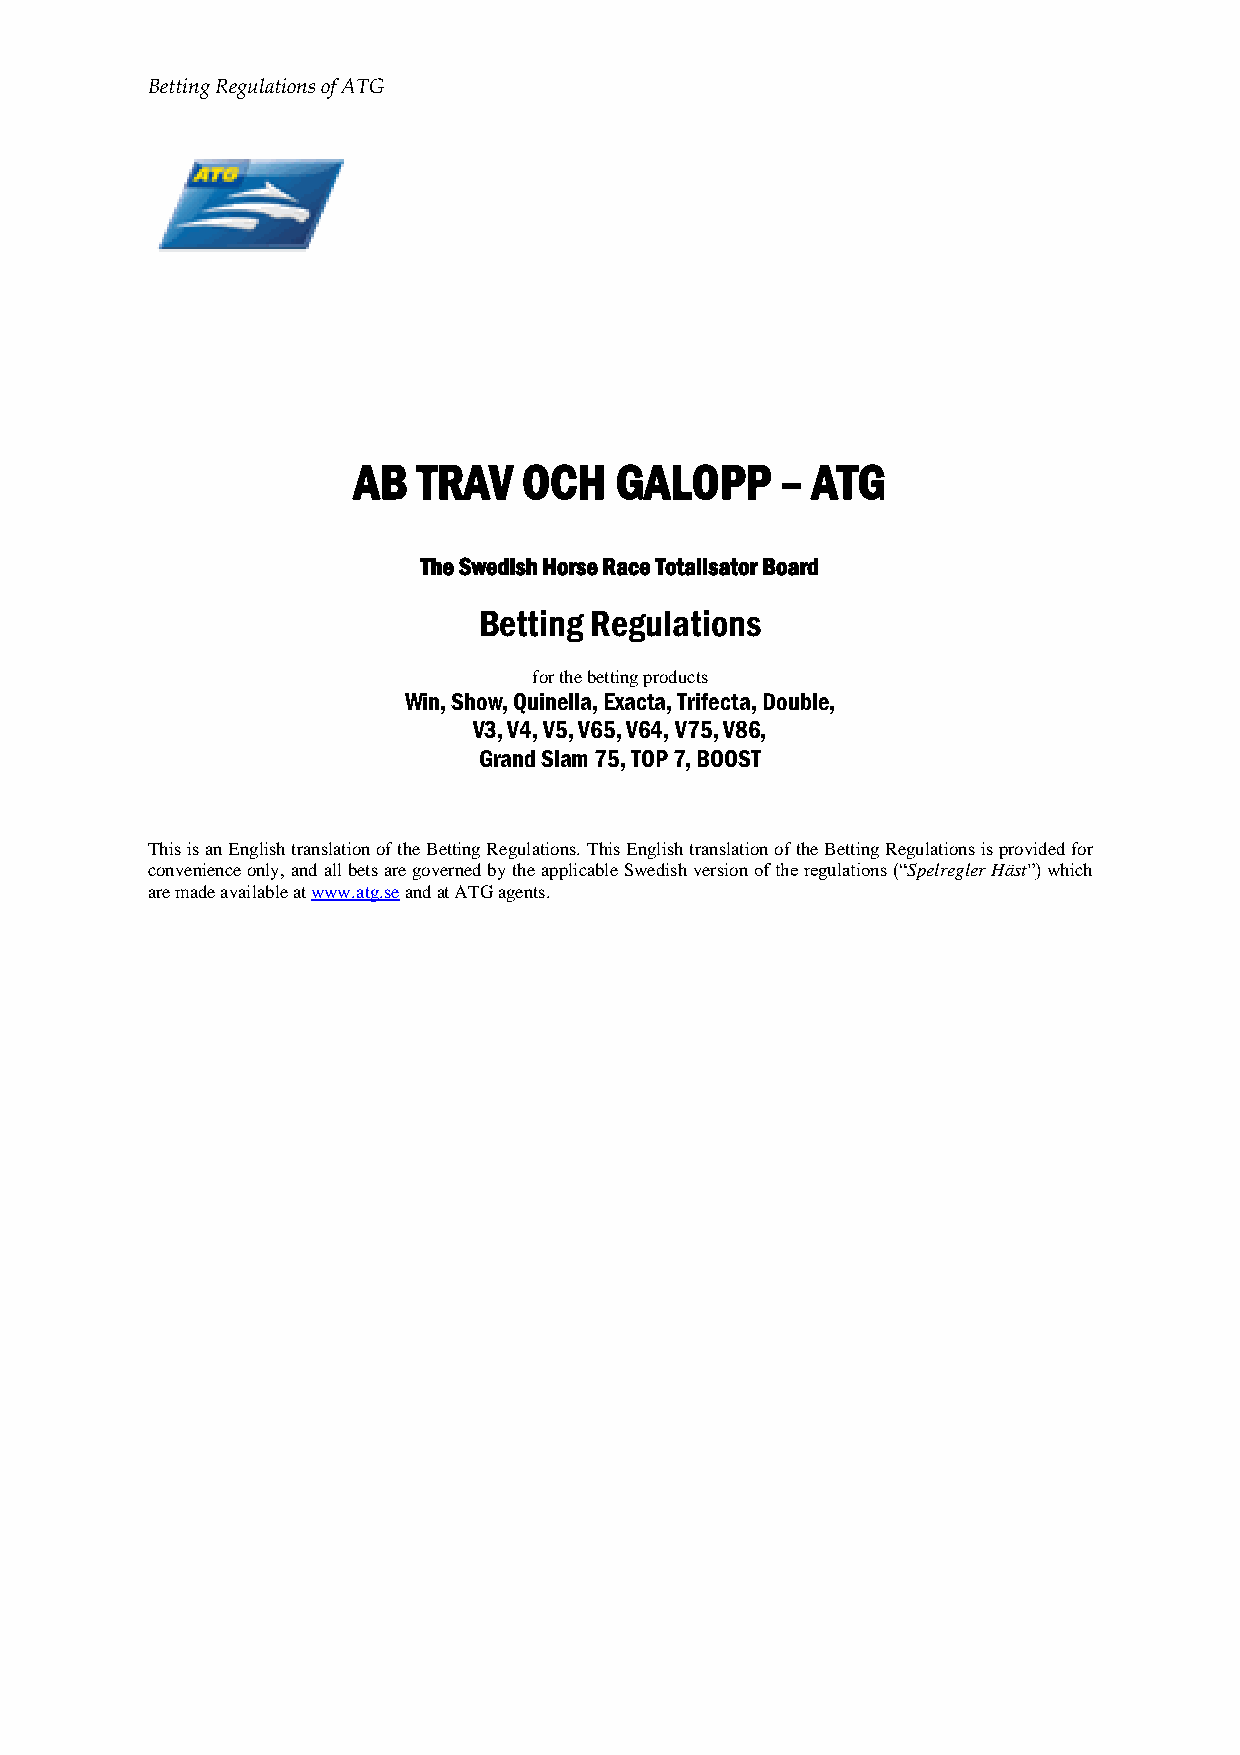
Betting Regulations of ATG
 AB   TRAV   OCH   GALOPP     – ATG
 The Swedish Horse Race Totalisator Board
 Betting Regulations
 for the betting products
 Win, Show, Quinella, Exacta, Trifecta, Double,
 V3, V4, V5, V65, V64, V75, V86,
 Grand Slam 75, TOP 7, BOOST
 This is an English translation of the Betting Regulations. This English translation of the Betting Regulations is provided for
 convenience only, and all bets are governed by the applicable Swedish version of the regulations (“Spelregler Häst”) which
 are made available at www.atg.se and at ATG agents.